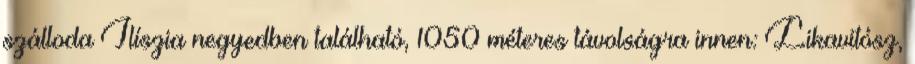
szálloda Ilíszia negyedben található, 1050 méteres távolságra innen: Likavitósz,